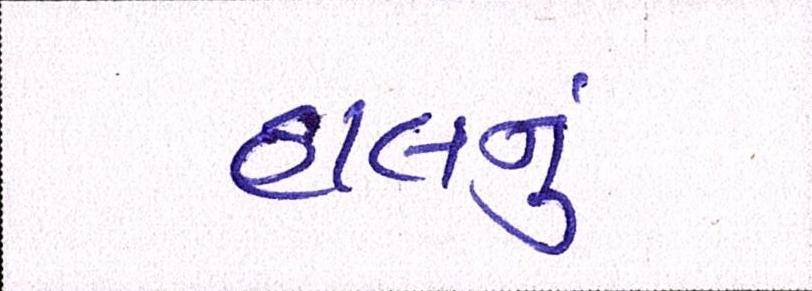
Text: હાલનું